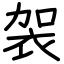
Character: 袈